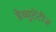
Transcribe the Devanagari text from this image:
डेब्युटेंटीज